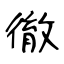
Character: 徹